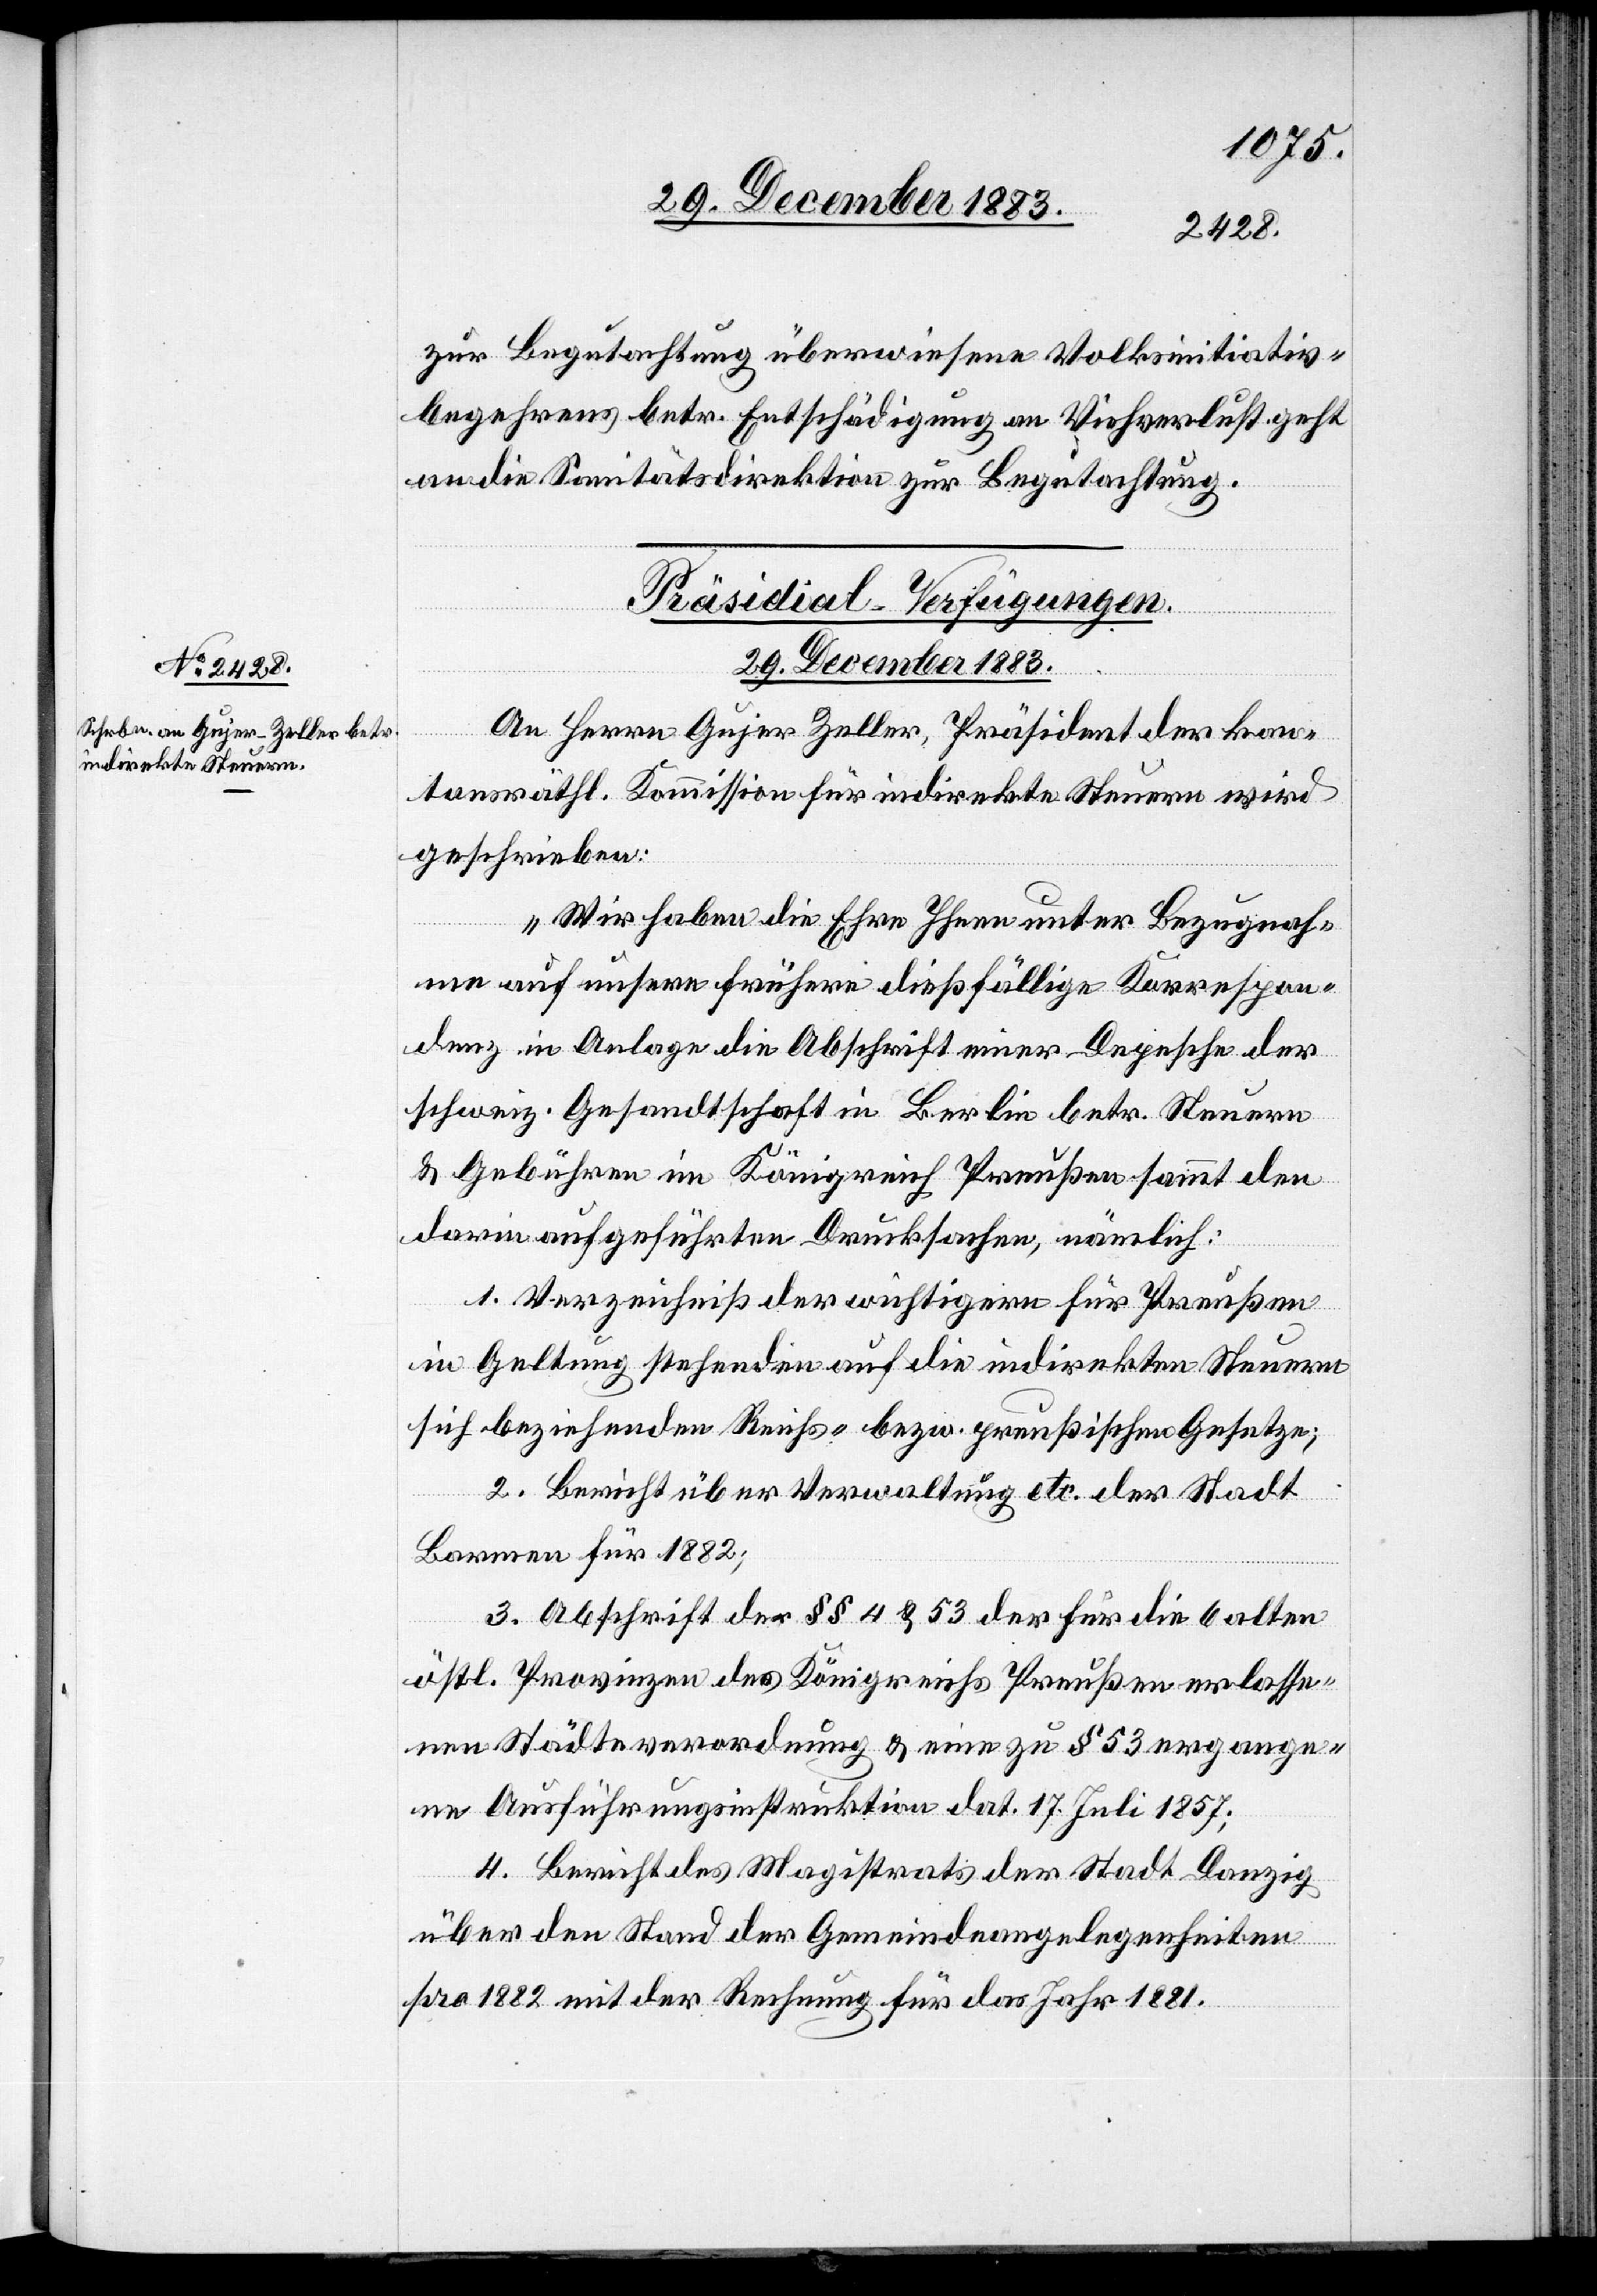
29. December 1883.
zur Begutachtung überwiesene Volksinitiativ¬
begehrens betr. Entschädigung an Viehverlust geht
an die Sanitätsdirektion zur Begutachtung.
Präsidial-Verfügungen.
An Herrn Gujer Zeller, Präsident der kan¬
tonsräthl. Kommission für indirekte Steuern wird
geschrieben:
„Wir haben die Ehre Ihnen unter Bezugnah¬
me auf unsere frühere dießfällige Korrespon¬
denz in Anlage die Abschrift einer Depesche der
schweiz. Gesandtschaft in Berlin betr. Steuern
& Gebühren im Königreich Preußen sammt den
darin aufgeführten Drucksachen, nämlich:
1. Verzeichniß der wichtigern für Preußen
in Geltung stehenden auf die indirekten Steuern
sich beziehenden Reichs- bezw. preußischen Gesetze;
2. Bericht über Verwaltung etc. der Stadt
Barmen für 1882;
3. Abschrift der §§ 4 & 53 der für die 6 alten
östl. Provinzen des Königreichs Preußen erlasse¬
nen Städteverordnung & eine zu § 53 ergange¬
ne Ausführungsinstruktion dat. 17. Juli 1857;
4. Bericht des Magistrats der Stadt Danzig
über den Stand der Gemeindeangelegenheiten
pro 1882 mit der Rechnung für das Jahr 1881.